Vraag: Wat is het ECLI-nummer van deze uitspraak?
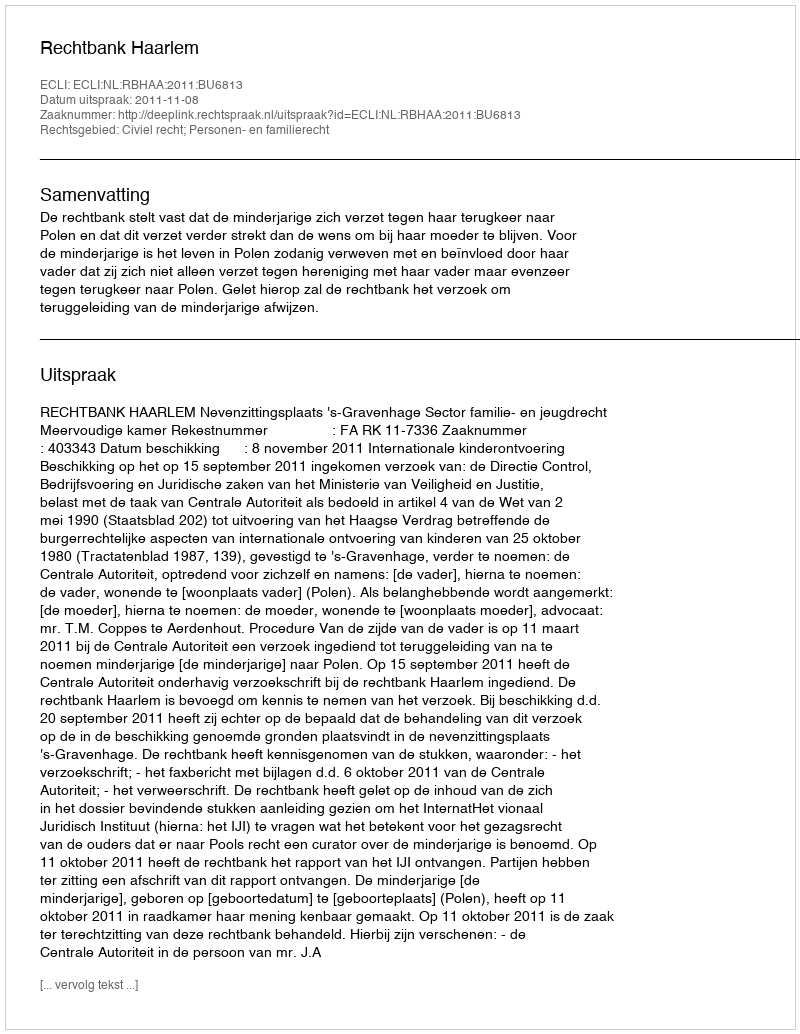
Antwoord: ECLI:NL:RBHAA:2011:BU6813